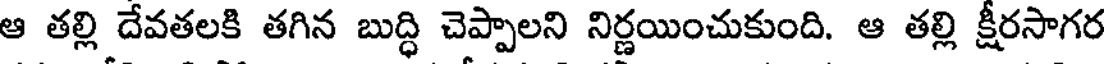
ఆ తల్లి దేవతలకి తగిన బుద్ధి చెప్పాలని నిర్ణయించుకుంది. ఆ తల్లి క్షీరసాగర